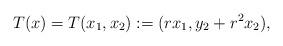
LaTeX: \begin{align*}T(x)=T(x_1,x_2):=(rx_1,y_2+r^2x_2),\end{align*}